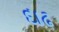
દાઢ